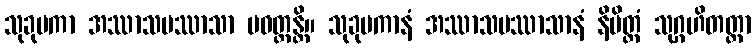
သုခုမကာ အဿာသပဿာသာ ပဝတ္တန္တိ။ သုခုမကာနံ အဿာသပဿာသာနံ နိမိတ္တံ သုဂ္ဂဟိတတ္တာ